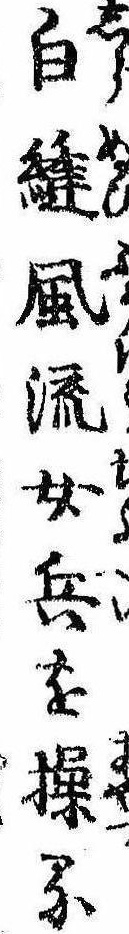
白縫風流女兵を操る